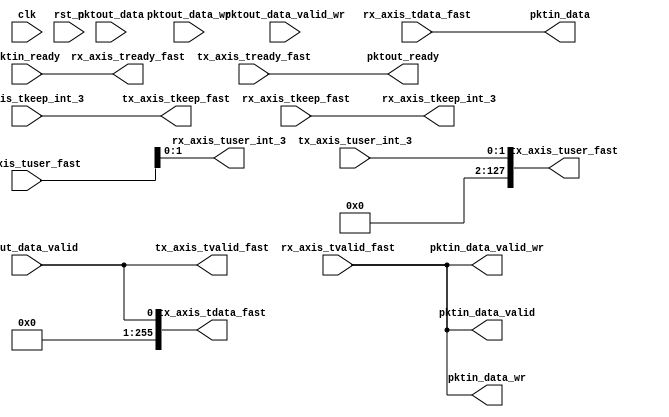
/////////////////////////////////////////////////////////////////
// NUDT.  All rights reserved.
//*************************************************************
//                     Basic Information
//*************************************************************
//Vendor: NUDT
//FAST URL://www.fastswitch.org 
//Target Device: Xilinx
//Version: 1.0
//*************************************************************
//                     Module Description
//*************************************************************
// 1)support wrapper between AXIS and FAST UM
//*************************************************************
//                     Revision List
//*************************************************************
//	rn1: 
//      modifier: 
//      description: 
///////////////////////////////////////////////////////////////// 
module md_wrapper #(
    parameter PLATFORM = "Xilinx"
)(
    input  wire clk,
    input  wire rst_n,

    //TX side read signals
    output wire [255:0] tx_axis_tdata_fast,
    output wire [31:0]  tx_axis_tkeep_fast,
    output wire         tx_axis_tvalid_fast,
    input  wire         tx_axis_tready_fast,
    output wire [127:0] tx_axis_tuser_fast,
    
    //RX side write signals
    input  wire [255:0] rx_axis_tdata_fast,
    input  wire [31:0]  rx_axis_tkeep_fast,
    input  wire         rx_axis_tvalid_fast,
    output wire         rx_axis_tready_fast,
    input  wire [127:0] rx_axis_tuser_fast,

    //fast side read signals
    input  wire [255:0] pktout_data,
    input  wire         pktout_data_wr,
    input  wire         pktout_data_valid,
    input  wire [31:0]  tx_axis_tkeep_int_3,
    input  wire [1:0]   tx_axis_tuser_int_3,
    input  wire         pktout_data_valid_wr,
    output wire         pktout_ready,

    //fast side write signals
    output wire [255:0] pktin_data,
    output wire         pktin_data_wr,
    output wire         pktin_data_valid,
    output wire         pktin_data_valid_wr,
    output wire [31:0]  rx_axis_tkeep_int_3,
    output wire [1:0]   rx_axis_tuser_int_3,
    input  wire         pktin_ready
);

//TX path
assign tx_axis_tdata_fast = pktout_data_valid;
assign tx_axis_tkeep_fast = tx_axis_tkeep_int_3;
assign tx_axis_tvalid_fast = pktout_data_valid;
assign tx_axis_tuser_fast = tx_axis_tuser_int_3;
assign pktout_ready = tx_axis_tready_fast;

//RX path
assign pktin_data = rx_axis_tdata_fast;
assign pktin_data_valid = rx_axis_tvalid_fast;
assign pktin_data_valid_wr = rx_axis_tvalid_fast;
assign pktin_data_wr = rx_axis_tvalid_fast;
assign rx_axis_tready_fast = pktin_ready;
assign rx_axis_tkeep_int_3 = rx_axis_tkeep_fast;
assign rx_axis_tuser_int_3 = rx_axis_tuser_fast;

endmodule